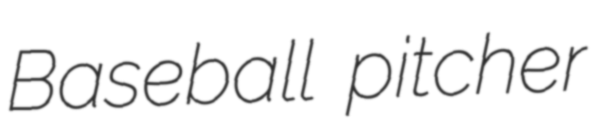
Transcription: Baseball pitcher